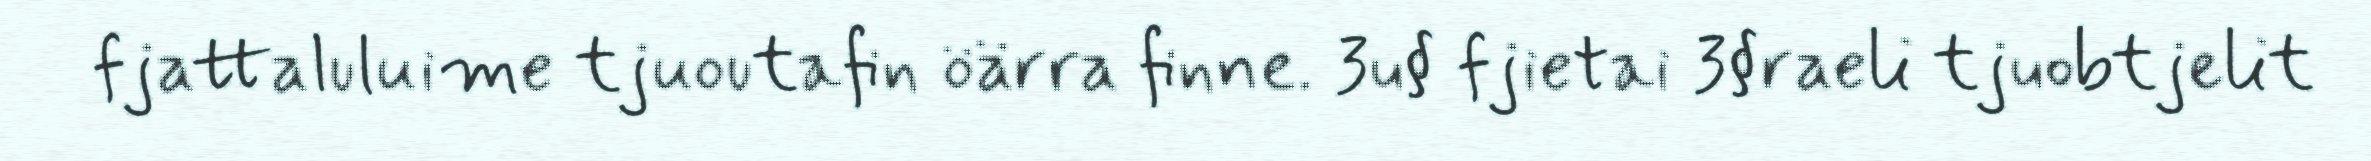
fjattaluluime tjuoutafin öärra finne. 3u§ fjietai 3§raeli tjuobtjelit